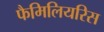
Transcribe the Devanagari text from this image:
फैमिलियरिस